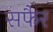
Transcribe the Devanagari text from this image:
सफैर